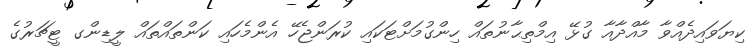
ކިޔަވައިދެއްވާ މާއްދާއާ ގުޅޭ އިމްތިޙާނުތައް ހިންގުމަށްޓަކައި ކުރަންޖެހޭ އެންމެހައި ކަންތައްތައް ލީޑިންގ ޓީޗަރުގެ